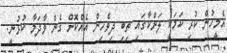
އެމީހުން ކުރި ކަމަކީ ލަންކާގައި ތިބި ދިވެހިން އެއްކޮށް ގެން ވާދަމާ ކުޅުނީ.